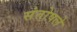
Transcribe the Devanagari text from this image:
संतोषले